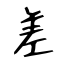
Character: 差